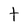
Character: t